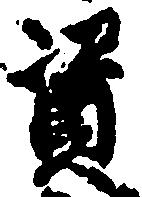
資